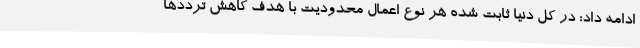
ادامه داد: در کل دنیا ثابت شده هر نوع اعمال محدودیت با هدف کاهش ترددها